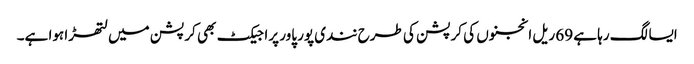
ایسا لگ رہا ہے 69 ریل انجنوں کی کرپشن کی طرح نندی پور پاور پراجیکٹ بھی کرپشن میں لتھڑا ہوا ہے۔